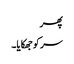
پھر
سر کو جھکایا۔